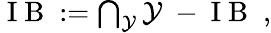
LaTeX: \begin{array}{r}{\mathrm{~I~B~}:=\bigcap_{\mathcal{Y}}\mathcal{Y}\mathrm{~-~I~B~}\; ,}\end{array}